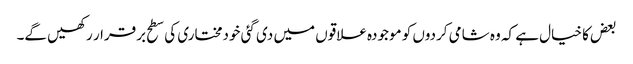
بعض کا خیال ہے کہ وہ شامی کردوں کو موجودہ علاقوں میں دی گئی خودمختاری کی سطح برقرار رکھیں گے۔